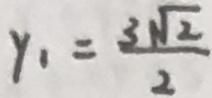
y _ { 1 } = \frac { 3 \sqrt { 2 } } { 2 }